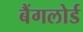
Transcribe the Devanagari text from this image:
बैंगलोर्ड